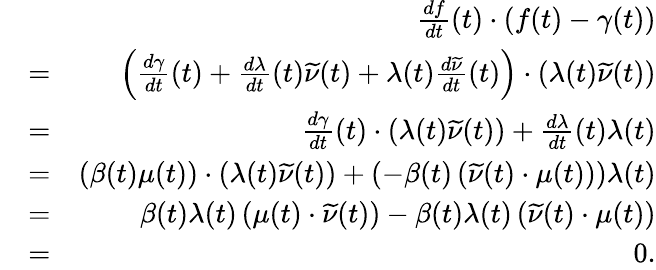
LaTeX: \begin{array}{rlr}{}&{}&{\frac{df}{dt}(t)\cdot\left(f(t)-\gamma(t)\right)}\\ {}&{=}&{\left(\frac{d\gamma}{dt}(t)+\frac{d\lambda}{dt}(t)\widetilde{\nu}(t)+\lambda(t)\frac{d\widetilde{\nu}}{dt}(t)\right)\cdot\left(\lambda(t)\widetilde{\nu}(t)\right)}\\ {}&{=}&{\frac{d\gamma}{dt}(t)\cdot\left(\lambda(t)\widetilde{\nu}(t)\right)+\frac{d\lambda}{dt}(t)\lambda(t)}\\ {}&{=}&{\left(\beta(t)\mu(t)\right)\cdot\left(\lambda(t)\widetilde{\nu}(t)\right)+\left(-\beta(t)\left(\widetilde{\nu}(t)\cdot\mu(t)\right)\right)\lambda(t)}\\ {}&{=}&{\beta(t)\lambda(t)\left(\mu(t)\cdot\widetilde{\nu}(t)\right)-\beta(t)\lambda(t)\left(\widetilde{\nu}(t)\cdot\mu(t)\right)}\\ {}&{=}&{0.}\end{array}